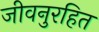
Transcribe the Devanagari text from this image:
जीवनुरहित